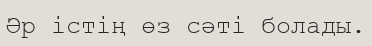
Әр істің өз сәті болады.